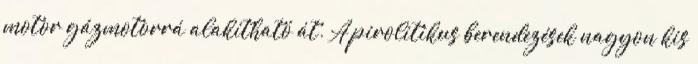
motor gázmotorrá alakítható át. A pirolitikus berendezések nagyon kis